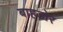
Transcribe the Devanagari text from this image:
बाहडोर